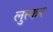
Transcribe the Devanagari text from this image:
लुत्फर